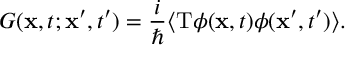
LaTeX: G ( { \bf x } , t ; { \bf x ^ { \prime } } , t ^ { \prime } ) = { \frac { i } { \hbar } } \langle \mathrm { T } \phi ( { \bf x } , t ) \phi ( { \bf x ^ { \prime } } , t ^ { \prime } ) \rangle .